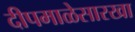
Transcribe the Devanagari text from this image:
दीपमाळेसारखा